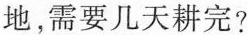
地，需要几天耕完?